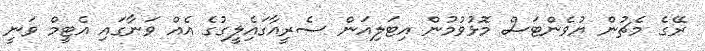
ރޭގެ މެޗުން ޔުވެންޓަސް މޮޅުވުމުން އިޓަލިއަން ސެރީއާގައިެލީގުގެ އެއް ވަނާގައި އެޓީމް ވަނީ